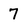
Character: 7